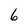
Character: 6